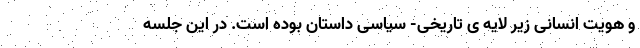
و هویت انسانی زیر لایه ی تاریخی- سیاسی داستان بوده است. در این جلسه